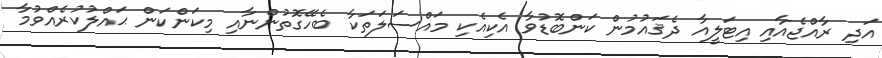
އަދި ރާއްޖެއާއި އިޓަލީއާ ދެޤައުމުން ކަންބޮޑުވާ އެކިއެކި މައްސަލަތަކާ ބެހޭގޮތުންނާއި މިކަންކަން ޙައްލުކުރެއްވުމާ